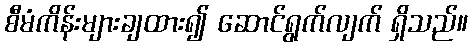
စီမံကိန်းများချထား၍ ဆောင်ရွက်လျက် ရှိသည်။